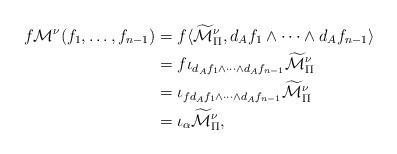
LaTeX: \begin{align*}f \mathcal{M}^\nu(f_1,\ldots,f_{n-1})&= f \langle\widetilde{\mathcal{M}}_\Pi^\nu,d_{A}f_1\wedge\cdots\wedge d_{A}f_{n-1}\rangle\\&= f\iota_{d_{A}f_1\wedge\cdots\wedge d_{A}f_{n-1}} \widetilde{\mathcal{M}}_\Pi^\nu\\&= \iota_{fd_{A}f_1\wedge\cdots\wedge d_{A}f_{n-1}} \widetilde{\mathcal{M}}_\Pi^\nu\\&= \iota_\alpha \widetilde{\mathcal{M}}_\Pi^\nu, \end{align*}